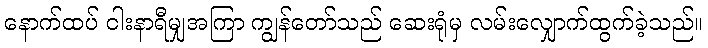
နောက်ထပ် ငါးနာရီမျှအကြာ ကျွန်တော်သည် ဆေးရုံမှ လမ်းလျှောက်ထွက်ခဲ့သည်။